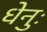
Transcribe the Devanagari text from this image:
धेनुः